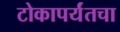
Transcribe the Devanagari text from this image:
टोकापर्यंतचा